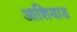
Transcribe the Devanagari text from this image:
आशियाड